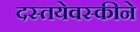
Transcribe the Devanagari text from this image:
दस्तयेवस्कीने